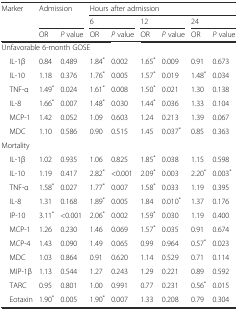
<table><thead><tr><td rowspan="3"><b>Marker</b></td><td rowspan="2" colspan="2"><b>Admission</b></td><td colspan="6"><b>Hours after admission</b></td></tr><tr><td colspan="2"><b>6</b></td><td colspan="2"><b>12</b></td><td colspan="2"><b>24</b></td></tr><tr><td><b>OR</b></td><td><b><i>P</i> value</b></td><td><b>OR</b></td><td><b><i>P</i> value</b></td><td><b>OR</b></td><td><b><i>P</i> value</b></td><td><b>OR</b></td><td><b><i>P</i> value</b></td></tr></thead><tbody><tr><td colspan="9">Unfavorable 6-month GOSE</td></tr><tr><td> IL-1β</td><td>0.84</td><td>0.489</td><td>1.84<sup>*</sup></td><td>0.002</td><td>1.65<sup>*</sup></td><td>0.009</td><td>0.91</td><td>0.673</td></tr><tr><td> IL-10</td><td>1.18</td><td>0.376</td><td>1.76<sup>*</sup></td><td>0.005</td><td>1.57<sup>*</sup></td><td>0.019</td><td>1.48<sup>*</sup></td><td>0.034</td></tr><tr><td> TNF-α</td><td>1.49<sup>*</sup></td><td>0.024</td><td>1.61<sup>*</sup></td><td>0.008</td><td>1.50<sup>*</sup></td><td>0.021</td><td>1.30</td><td>0.138</td></tr><tr><td> IL-8</td><td>1.66<sup>*</sup></td><td>0.007</td><td>1.48<sup>*</sup></td><td>0.030</td><td>1.44<sup>*</sup></td><td>0.036</td><td>1.33</td><td>0.104</td></tr><tr><td> MCP-1</td><td>1.42</td><td>0.052</td><td>1.09</td><td>0.603</td><td>1.24</td><td>0.213</td><td>1.39</td><td>0.067</td></tr><tr><td> MDC</td><td>1.10</td><td>0.586</td><td>0.90</td><td>0.515</td><td>1.45</td><td>0.037<sup>*</sup></td><td>0.85</td><td>0.363</td></tr><tr><td>Mortality</td><td></td><td></td><td></td><td></td><td></td><td></td><td></td><td></td></tr><tr><td> IL-1β</td><td>1.02</td><td>0.935</td><td>1.06</td><td>0.825</td><td>1.85<sup>*</sup></td><td>0.038</td><td>1.15</td><td>0.598</td></tr><tr><td> IL-10</td><td>1.19</td><td>0.417</td><td>2.82<sup>*</sup></td><td>&lt;0.001</td><td>2.09<sup>*</sup></td><td>0.003</td><td>2.20<sup>*</sup></td><td>0.003<sup>*</sup></td></tr><tr><td> TNF-α</td><td>1.58<sup>*</sup></td><td>0.027</td><td>1.77<sup>*</sup></td><td>0.007</td><td>1.58<sup>*</sup></td><td>0.033</td><td>1.19</td><td>0.395</td></tr><tr><td> IL-8</td><td>1.31</td><td>0.168</td><td>1.89<sup>*</sup></td><td>0.005</td><td>1.84</td><td>0.010<sup>*</sup></td><td>1.37</td><td>0.176</td></tr><tr><td> IP-10</td><td>3.11<sup>*</sup></td><td>&lt;0.001</td><td>2.06<sup>*</sup></td><td>0.002</td><td>1.59<sup>*</sup></td><td>0.030</td><td>1.19</td><td>0.400</td></tr><tr><td> MCP-1</td><td>1.26</td><td>0.230</td><td>1.46</td><td>0.069</td><td>1.57<sup>*</sup></td><td>0.035</td><td>0.91</td><td>0.674</td></tr><tr><td> MCP-4</td><td>1.43</td><td>0.090</td><td>1.49</td><td>0.065</td><td>0.99</td><td>0.964</td><td>0.57<sup>*</sup></td><td>0.023</td></tr><tr><td> MDC</td><td>1.03</td><td>0.864</td><td>0.91</td><td>0.620</td><td>1.14</td><td>0.529</td><td>0.71</td><td>0.114</td></tr><tr><td> MIP-1β</td><td>1.13</td><td>0.544</td><td>1.27</td><td>0.243</td><td>1.29</td><td>0.221</td><td>0.89</td><td>0.592</td></tr><tr><td> TARC</td><td>0.95</td><td>0.801</td><td>1.00</td><td>0.991</td><td>0.77</td><td>0.231</td><td>0.56<sup>*</sup></td><td>0.015</td></tr><tr><td> Eotaxin</td><td>1.90<sup>*</sup></td><td>0.005</td><td>1.90<sup>*</sup></td><td>0.007</td><td>1.33</td><td>0.208</td><td>0.79</td><td>0.304</td></tr></tbody></table>